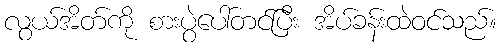
လွယ်အိတ်ကို စားပွဲပေါ်တင်ပြီး အိပ်ခန်းထဲဝင်သည်။